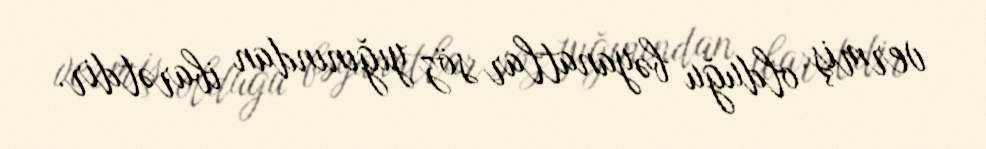
vermiş olduğu bəyanatlar söz yığınından ibarətdir.